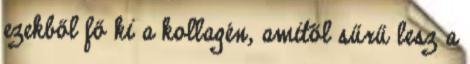
ezekből fő ki a kollagén, amitől sűrű lesz a